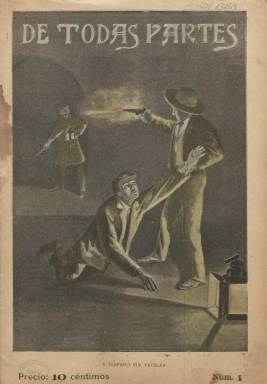
Título: De todas partes
Colección: Literatura
Ámbito geográfico: Barcelona
Lugar de publicación: Barcelona
Fechas: 11/05/1907-05/09/1908

Se trata de una “revista semanal ilustrada” dedicada a la difusión de textos literarios de evasión, especialmente de viajes y aventuras y episodios históricos, en entregas en torno a la veintena de páginas, compuestas a dos columnas, y estampadas en el barcelonés Establecimiento Tipográfico La Ibérica, en donde residía su redacción y administración. Con cubierta, que se imprimirá a varias tintas o cuatricromía, e ilustrados sus textos con bellos y abundantes grabados de dibujos relativos a los textos, entre los que se encuentran algunas vistas de ciudades. Cada número empieza, precisamente, con un texto referido a la ilustración de la cubierta. Reproduce relatos por entregas (en serie), algunos sin firma y otros de escritores como Robert Louis Stevenson, Prosper Mérimée, Emilio Salgari o Henryk Sienkiewicz, entre otros. Su editor pudo ser Ramón Molinas, sobre cuyas obras la revista ofrece una inserción publicitaria. Su intención fue ser una publicación de “puro recreo”. La colección de este título en la Biblioteca Nacional de España va desde el once de mayo de 1907 al cinco de septiembre de 1908, que integra setenta números. Se desconoce si continuó publicándose.